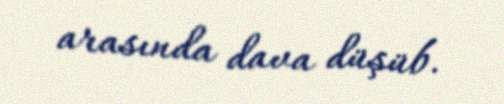
arasında dava düşüb.